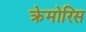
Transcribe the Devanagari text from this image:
क्रेमोरिस